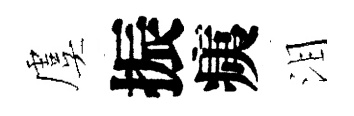
虞振痍泪